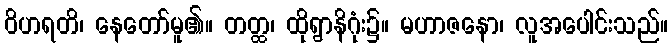
ဝိဟရတိ၊ နေတော်မူ၏။ တတ္ထ၊ ထိုရွာနိဂုံး၌။ မဟာဇနော၊ လူအပေါင်းသည်။